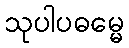
သုပါပဓမ္မေ